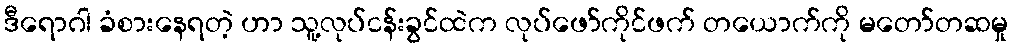
ဒီရောဂါ ခံစားနေရတဲ့ ဟာ သူ့လုပ်ငန်းခွင်ထဲက လုပ်ဖော်ကိုင်ဖက် တယောက်ကို မတော်တဆမှု